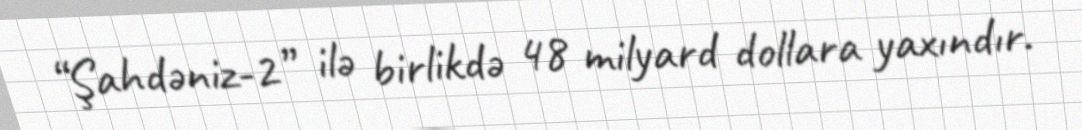
“Şahdəniz-2” ilə birlikdə 48 milyard dollara yaxındır.